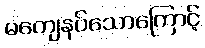
မကျေနပ်သောကြောင့်